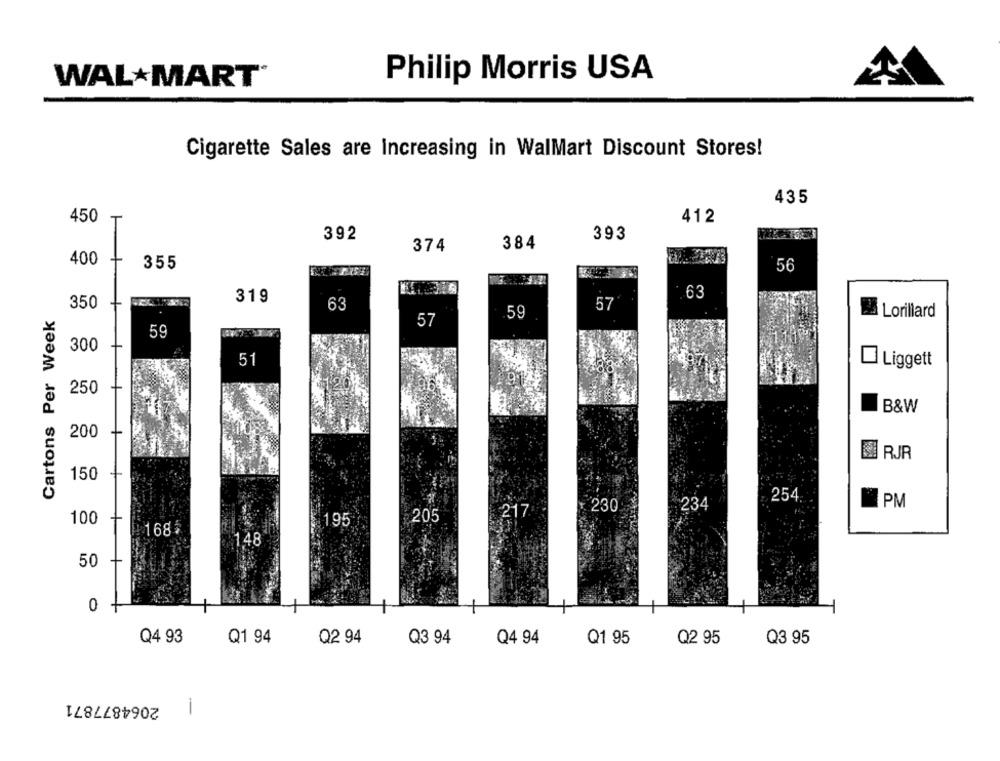
WAL MART®
Philip Morris USA
Cigarette Sales are Increasing in WalMart Discount Stores!
435
450
412
392
393
374
384
400
+
355
56
319
.63
350
+
Cartons Per Week
63
57
59
Lorillard
57
59
300
+
51
Liggett
+
250
B&W
200
+
RJR
150
+
254.
PM
230
234
205
217
100
+
195
1685
1,48
50
+
0
Q4 93
Q1 94
Q2 94
Q3 94
Q4 94
Q2 95
Q3 95
Q1 95
2064877871
-